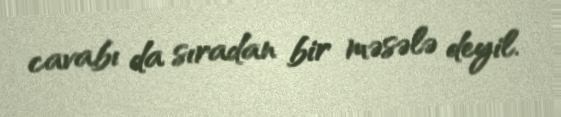
cavabı da sıradan bir məsələ deyil.